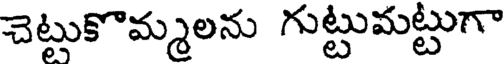
చెట్టుకొమ్మలను గుట్టుమట్టుగా